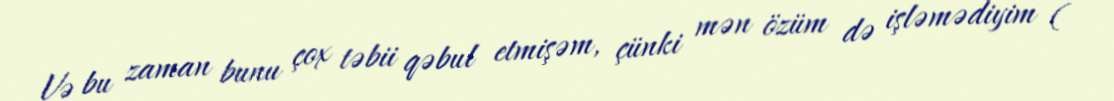
Və bu zaman bunu çox təbii qəbul etmişəm, çünki mən özüm də işləmədiyim (